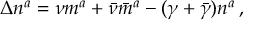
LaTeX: \Delta n ^ { a } = \nu m ^ { a } + { \bar { \nu } } { \bar { m } } ^ { a } - ( \gamma + { \bar { \gamma } } ) n ^ { a } \, ,